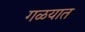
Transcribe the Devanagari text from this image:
गळयात